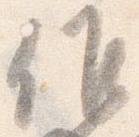
候